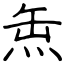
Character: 缹